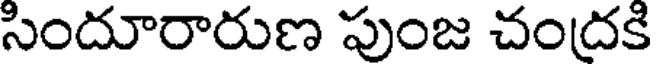
సిందూరారుణ పుంజ చందకి